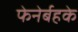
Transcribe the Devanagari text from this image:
फेनेर्बहके